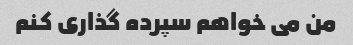
من می خواهم سپرده گذاری کنم